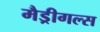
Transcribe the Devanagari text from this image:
मैड्रीगल्स